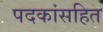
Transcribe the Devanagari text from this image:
पदकांसहित